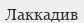
Лаккадив